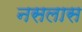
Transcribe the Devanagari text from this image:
नसलास